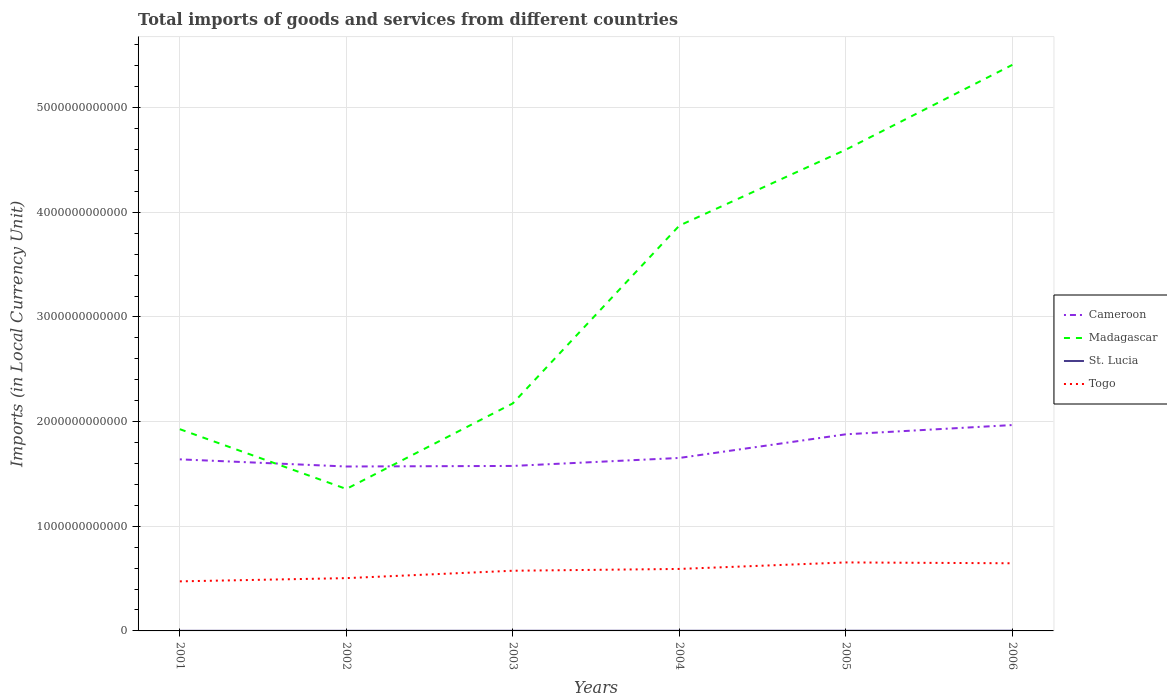
| Years | Cameroon | Madagascar | St. Lucia | Togo |
 | --- | --- | --- | --- | --- |
 | 2001 | 1.64e+12 | 1.93e+12 | 1.09e+09 | 4.74e+11 |
 | 2002 | 1.57e+12 | 1.36e+12 | 1.08e+09 | 5.04e+11 |
 | 2003 | 1.58e+12 | 2.17e+12 | 1.35e+09 | 5.75e+11 |
 | 2004 | 1.65e+12 | 3.87e+12 | 1.35e+09 | 5.92e+11 |
 | 2005 | 1.88e+12 | 4.6e+12 | 1.61e+09 | 6.54e+11 |
 | 2006 | 1.97e+12 | 5.41e+12 | 1.91e+09 | 6.46e+11 |